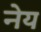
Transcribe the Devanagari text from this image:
नेय